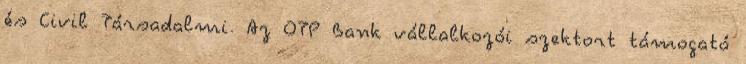
és Civil Társadalmi. Az OTP Bank vállalkozói szektort támogató